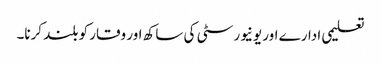
تعلیمی ادارے اور یونیورسٹی کی ساکھ اور وقار کو بلند کرنا۔